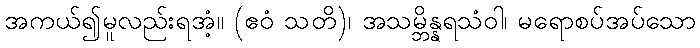
အကယ်၍မူလည်းရအံ့။ (ဧဝံ သတိ)၊ အသမ္ဘိန္နရသံဝါ၊ မရောစပ်အပ်သော